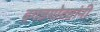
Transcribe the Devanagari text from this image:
दगडगोट्यांनी